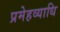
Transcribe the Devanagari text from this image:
प्रमेहव्याधि